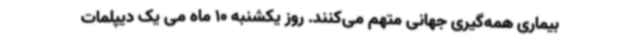
بیماری همه‌گیری جهانی متهم می‌کنند. روز یکشنبه 10 ماه می یک دیپلمات